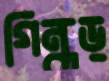
গিন্ধড়